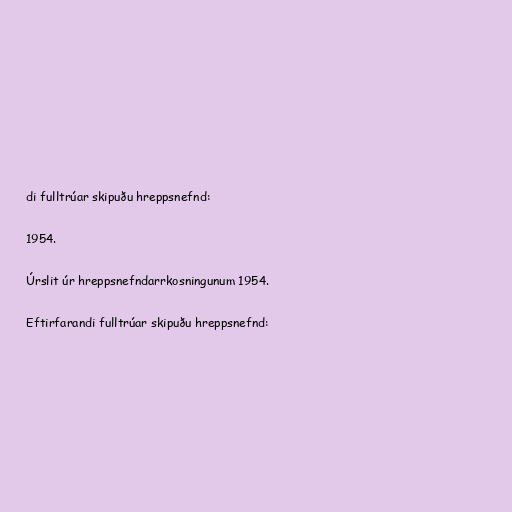
di fulltrúar skipuðu hreppsnefnd:

1954.

Úrslit úr hreppsnefndarrkosningunum 1954.

Eftirfarandi fulltrúar skipuðu hreppsnefnd: